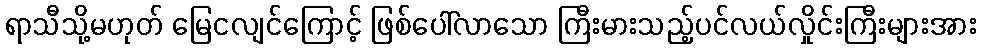
ရာသီသို့မဟုတ် မြေငလျင်ကြောင့် ဖြစ်ပေါ်လာသော ကြီးမားသည့်ပင်လယ်လှိုင်းကြီးများအား